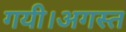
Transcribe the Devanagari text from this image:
गयी।अगस्त